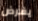
يفرض